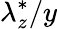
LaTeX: \lambda_{z}^{*}/y